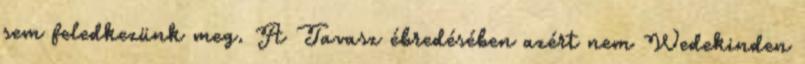
sem feledkezünk meg. A Tavasz ébredésében azért nem Wedekinden